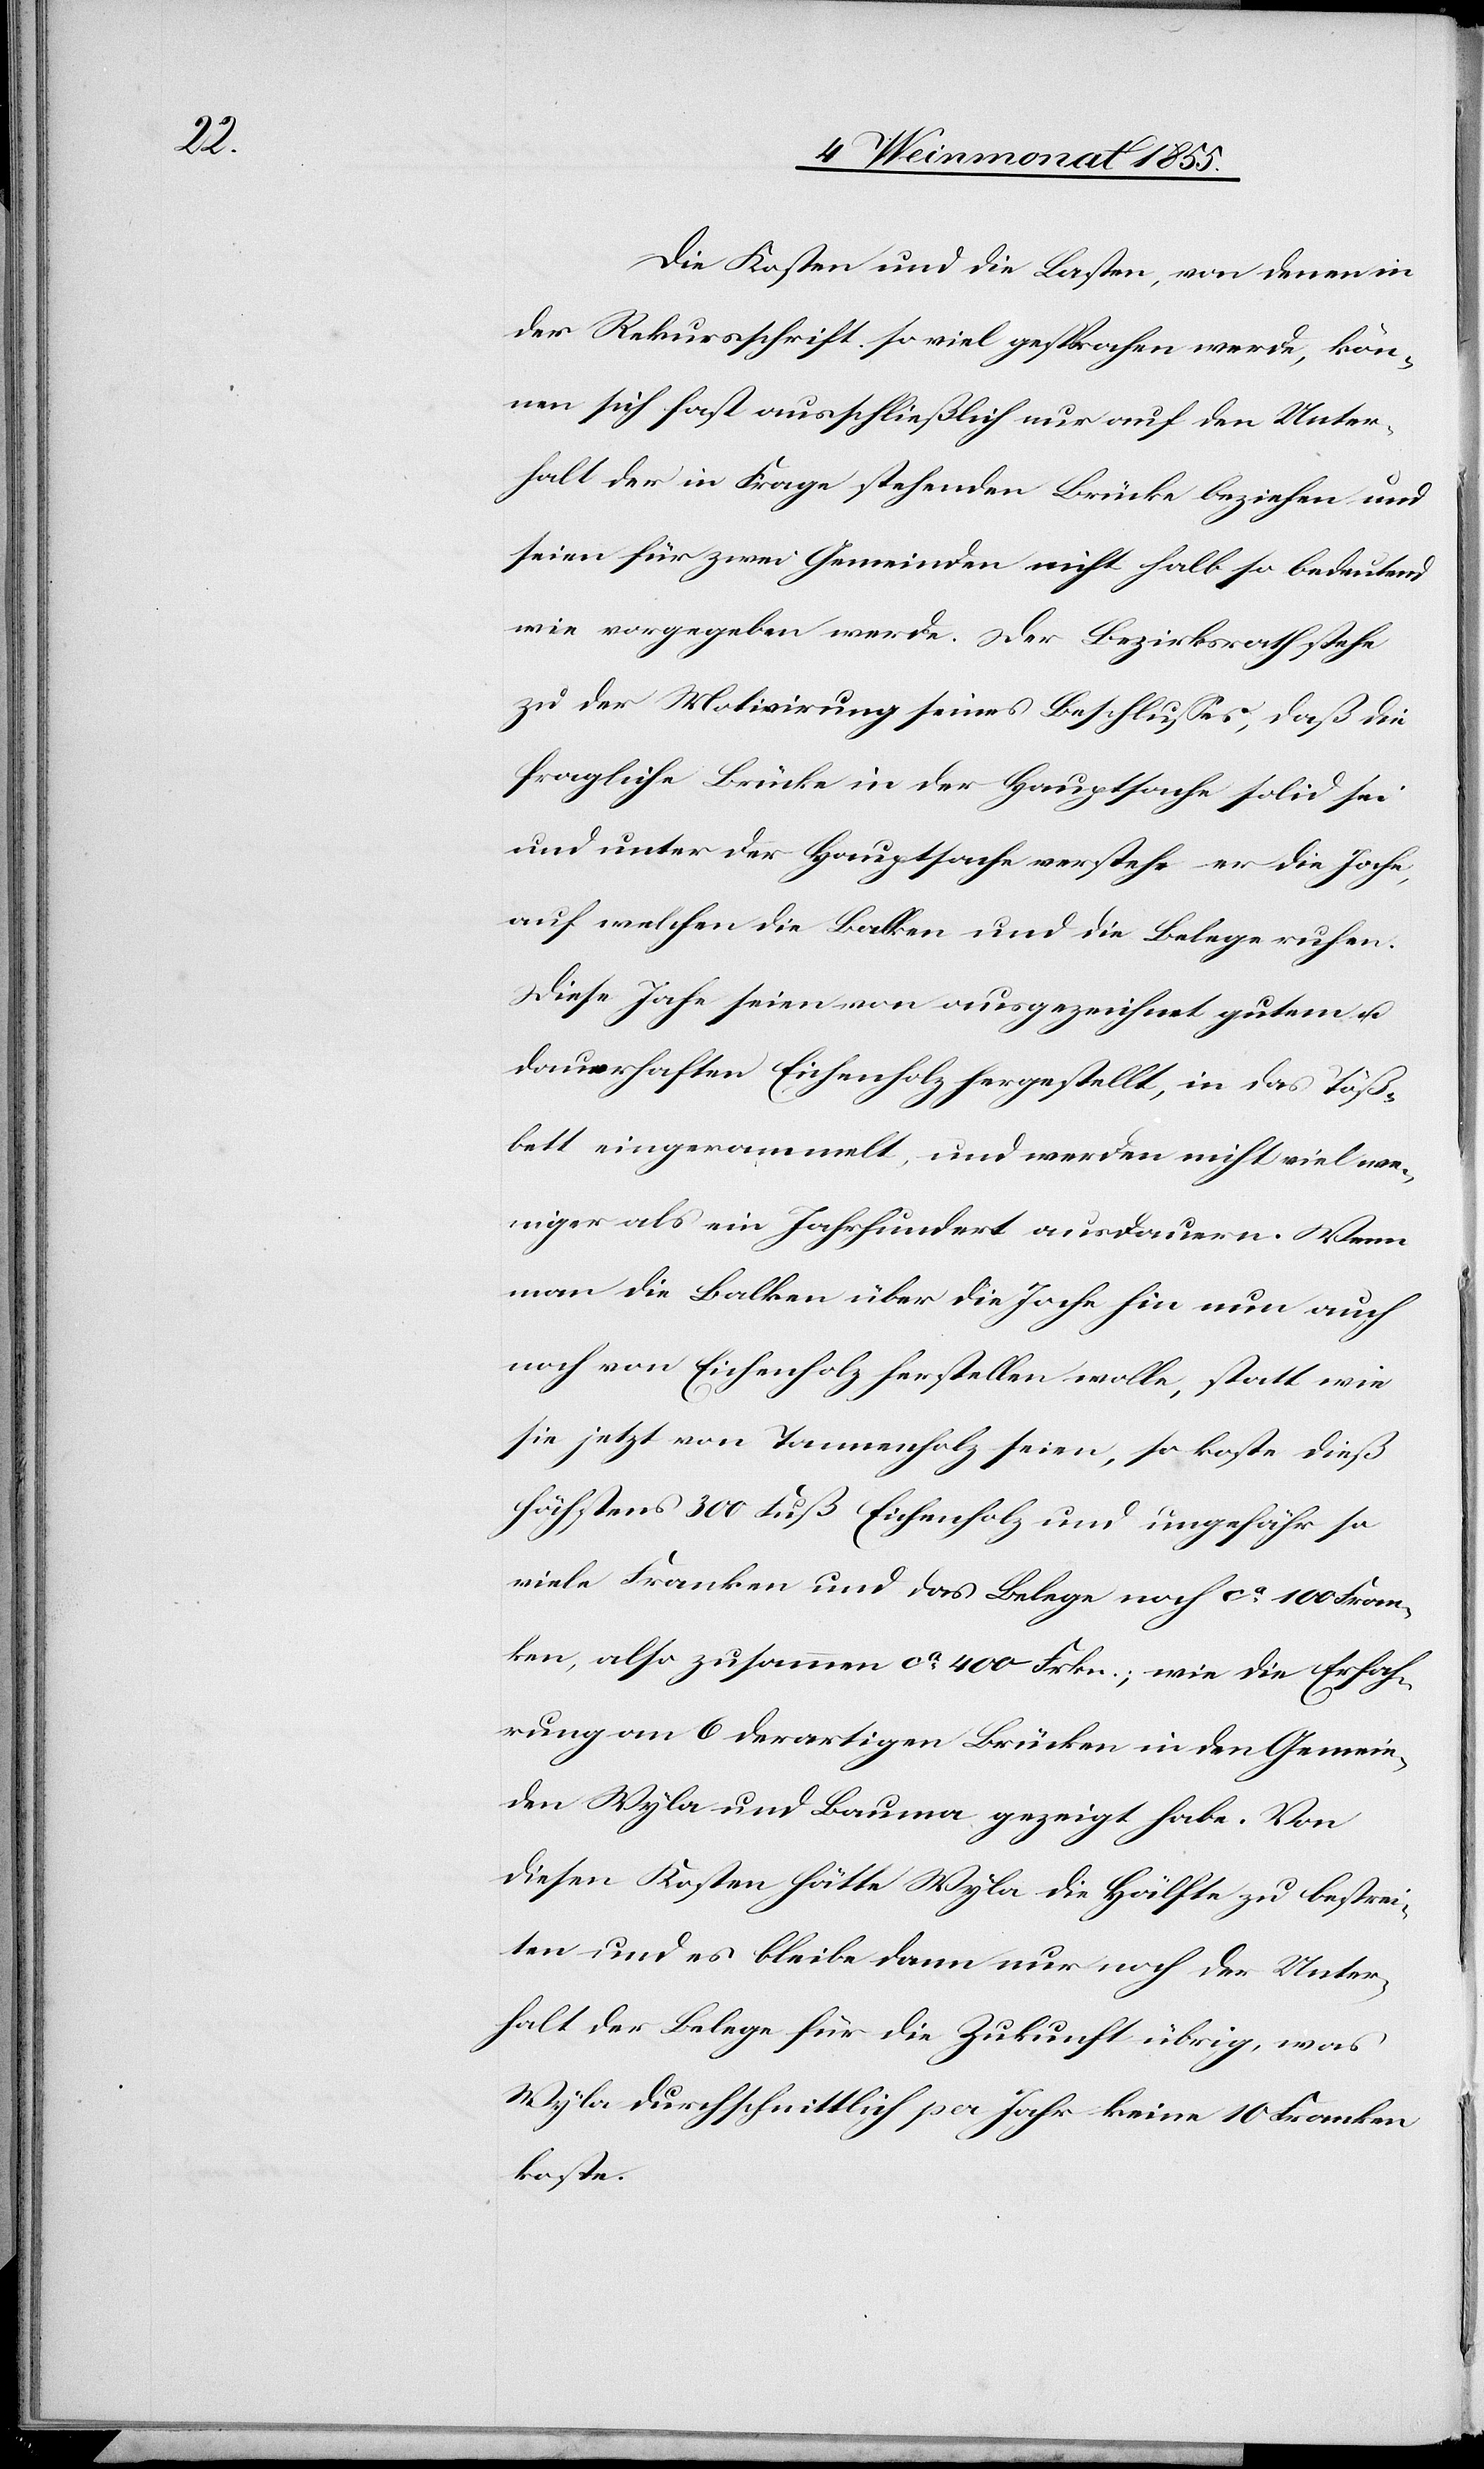
Die Kosten und die Lasten, von denen in
der Rekursschrift so viel gesprochen werde, kön¬
nen sich fast ausschließlich nur auf den Unter¬
halt der in Frage stehenden Brücke beziehen und
seien für zwei Gemeinden nicht halb so bedeutend
wie vorgegeben werde. Der Bezirksrath stehe
zu der Motivirung seines Beschlusses, daß die
fragliche Brücke in der Hauptsache solid sei
und unter der Hauptsache verstehe er die Joche,
auf welchen die Balken und die Belege ruhen.
Diese Joche seien von ausgezeichnet gutem u.
dauerhaften [sic!] Eichenholz hergestellt, in das Töß¬
bett eingerammelt, und werden nicht viel we¬
niger als ein Jahrhundert ausdauern. Wenn
man die Balken über die Joche hin nun auch
noch von Eichenholz herstellen wolle, statt wie
sie jetzt von Tannenholz seien, so koste dieß
höchstens 300 Fuß Eichenholz und ungefähr so
viele Franken und das Belege noch ca 100 Fran¬
ken, also zusammen ca 400 Frkn.; wie die Erfah¬
rung an 6 derartigen Brücken in den Gemein¬
den Wyla und Bauma gezeigt habe. Von
diesen Kosten hätte Wyla die Hälfte zu bestrei¬
ten und es bleibe dann nur noch der Unter¬
halt der Belege für die Zukunft übrig, was
Wyla durchschnittlich per Jahr keine 10 Franken
koste.